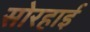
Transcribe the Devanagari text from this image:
सोरहाई